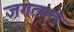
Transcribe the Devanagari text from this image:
जगत्पते